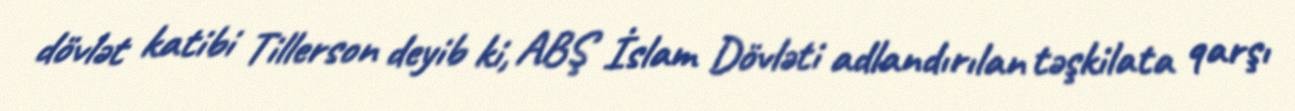
dövlət katibi Tillerson deyib ki, ABŞ İslam Dövləti adlandırılan təşkilata qarşı